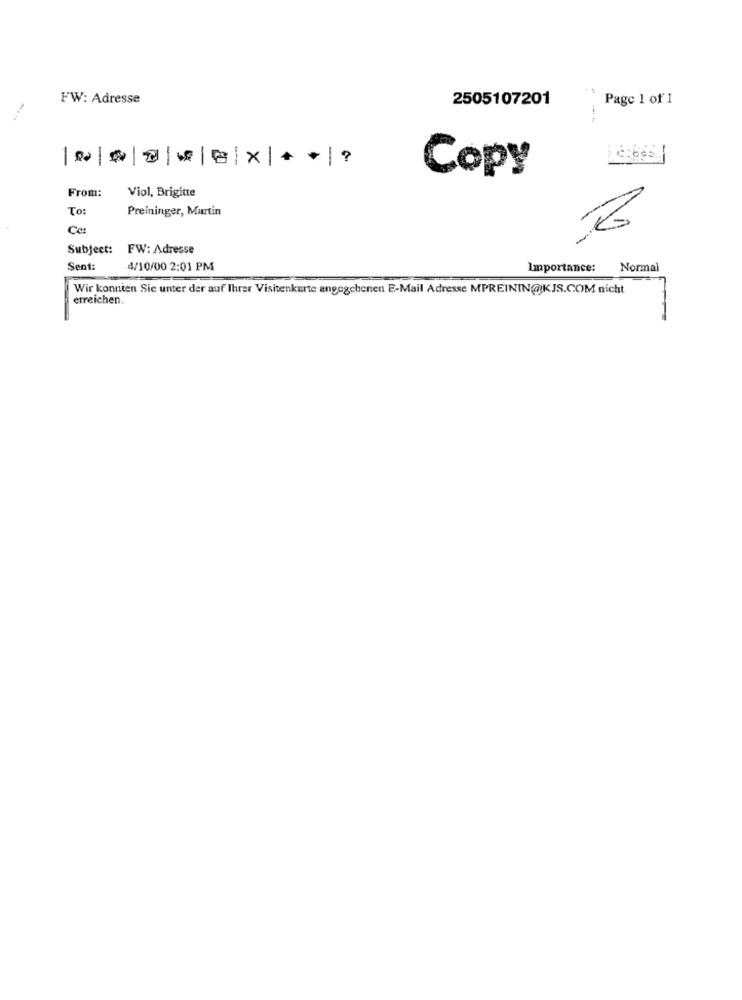
..
FW: Adresse
2505107201
Page 1 of 1
--
Copy
From:
Viol, Brigitte
To
Preininger, Martin
Cet
Subject:
FW: Adresse
Sent:
4/10/00 2:01 PM
Importance:
Normal
Wir konnten Sie unter der auf Ihrer Visitenkarte angegebenen E-Mail Adresse MPREININ@KJS.COM nicht
erreichen.